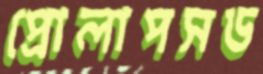
প্রোলাপসড